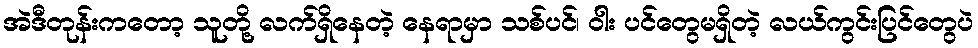
အဲဒီတုန်းကတော့ သူတို့ လက်ရှိနေတဲ့ နေရာမှာ သစ်ပင်၊ ဝါး ပင်တွေမရှိတဲ့ လယ်ကွင်းပြင်တွေပဲ